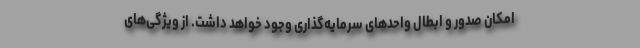
امکان صدور و ابطال واحدهای سرمایه‌گذاری وجود خواهد داشت. از ویژگی‌های